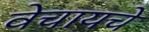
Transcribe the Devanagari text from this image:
वेचायचे